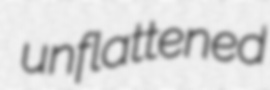
unflattened